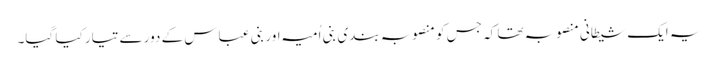
یہ ایک شیطانی منصوبہ تھا کہ جس کو منصوبہ بندی بنی اُمیہ اور بنی عباس کے دور سے تیار کیا گیا۔